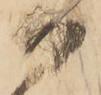
被